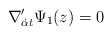
\begin{align*}\nabla ^{\prime}_{{\dot \alpha}t}\Psi _{1}(z)=0\end{align*}